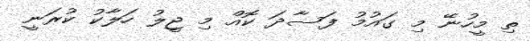
ތި މީހުނޭ މި ގައުމު ފަސާދަ ކޮއް މި ޖީލު ހަލާކު ކުރަނީ